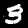
Digit: 3